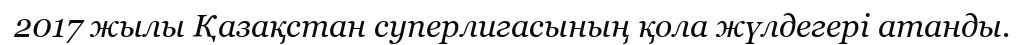
2017 жылы Қазақстан суперлигасының қола жүлдегері атанды.